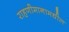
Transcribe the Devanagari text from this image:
राहणीमानामधील